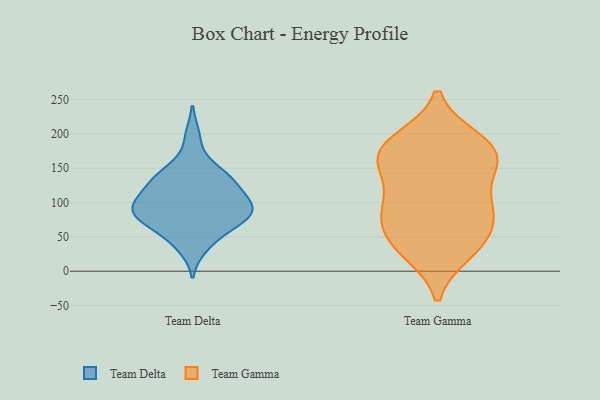
{"axis": {"x": "Inventory Turnover", "y": "Value"}, "legend": ["Team Delta", "Team Gamma"], "data": [{"x": "", "y": 99, "type": "Team Delta"}, {"x": "", "y": 104, "type": "Team Delta"}, {"x": "", "y": 85, "type": "Team Delta"}, {"x": "", "y": 35, "type": "Team Delta"}, {"x": "", "y": 87, "type": "Team Delta"}, {"x": "", "y": 92, "type": "Team Delta"}, {"x": "", "y": 150, "type": "Team Delta"}, {"x": "", "y": 129, "type": "Team Delta"}, {"x": "", "y": 48, "type": "Team Delta"}, {"x": "", "y": 109, "type": "Team Delta"}, {"x": "", "y": 85, "type": "Team Delta"}, {"x": "", "y": 69, "type": "Team Delta"}, {"x": "", "y": 135, "type": "Team Delta"}, {"x": "", "y": 79, "type": "Team Delta"}, {"x": "", "y": 196, "type": "Team Delta"}, {"x": "", "y": 142, "type": "Team Delta"}, {"x": "", "y": 126, "type": "Team Delta"}, {"x": "", "y": 70, "type": "Team Delta"}, {"x": "", "y": 167, "type": "Team Gamma"}, {"x": "", "y": 68, "type": "Team Gamma"}, {"x": "", "y": 100, "type": "Team Gamma"}, {"x": "", "y": 37, "type": "Team Gamma"}, {"x": "", "y": 153, "type": "Team Gamma"}, {"x": "", "y": 114, "type": "Team Gamma"}, {"x": "", "y": 187, "type": "Team Gamma"}, {"x": "", "y": 55, "type": "Team Gamma"}, {"x": "", "y": 27, "type": "Team Gamma"}, {"x": "", "y": 191, "type": "Team Gamma"}, {"x": "", "y": 27, "type": "Team Gamma"}, {"x": "", "y": 85, "type": "Team Gamma"}, {"x": "", "y": 192, "type": "Team Gamma"}, {"x": "", "y": 160, "type": "Team Gamma"}, {"x": "", "y": 97, "type": "Team Gamma"}, {"x": "", "y": 168, "type": "Team Gamma"}, {"x": "", "y": 156, "type": "Team Gamma"}, {"x": "", "y": 73, "type": "Team Gamma"}]}